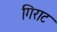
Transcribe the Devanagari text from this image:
गिराट